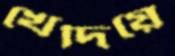
খেদিয়ে